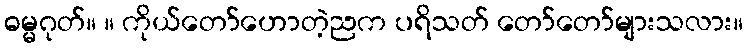
ဓမ္မဂုတ်။ ။ ကိုယ်တော်ဟောတဲ့ညက ပရိသတ် တော်တော်များသလား။